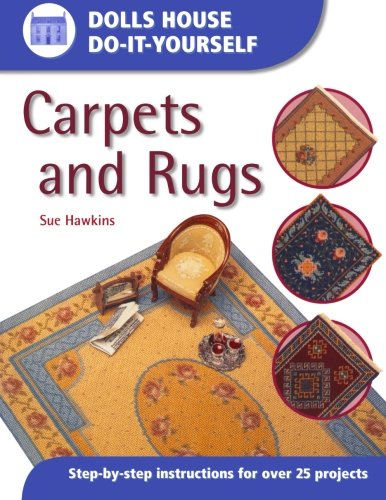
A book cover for Dolls House Do-It-Yourself: Carpets And Rugs: Carpets and Rugs; Sue Hawkins; Crafts, Hobbies & Home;